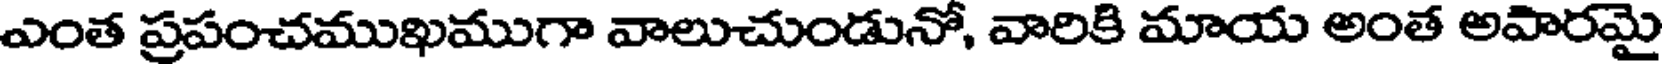
ఎంత ప్రపంచముఖముగా వాలుచుండునో, వారికి మాయ అంత అవారమై